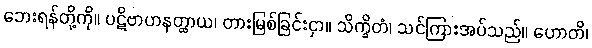
ဘေးရန်တို့ကို။ ပဋိဗာဟနတ္ထာယ၊ တားမြစ်ခြင်းငှာ။ သိက္ခိတံ၊ သင်ကြားအပ်သည်။ ဟောတိ၊